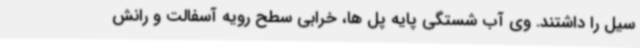
سیل را داشتند. وی آب شستگی پایه پل ها، خرابی سطح رویه آسفالت و رانش